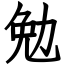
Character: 勉